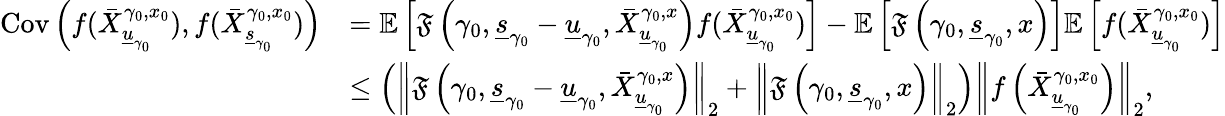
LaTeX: \begin{array}{rl}{\mathrm{Cov}\left(f(\bar{X}_{\underline{{u}}_{\gamma_{0}}}^{\gamma_{0},x_{0}}),f(\bar{X}_{\underline{{s}}_{\gamma_{0}}}^{\gamma_{0},x_{0}})\right)}&{=\mathbb{E}\left[\mathfrak{F}\left(\gamma_{0},\underline{{s}}_{\gamma_{0}}-\underline{{u}}_{\gamma_{0}},\bar{X}_{\underline{{u}}_{\gamma_{0}}}^{\gamma_{0},x}\right)f(\bar{X}_{\underline{{u}}_{\gamma_{0}}}^{\gamma_{0},x_{0}})\right]-\mathbb{E}\left[\mathfrak{F}\left(\gamma_{0},\underline{{s}}_{\gamma_{0}},x\right)\right]\mathbb{E}\left[f(\bar{X}_{\underline{{u}}_{\gamma_{0}}}^{\gamma_{0},x_{0}})\right]}\\ &{\le\left(\left\| \mathfrak{F}\left(\gamma_{0},\underline{{s}}_{\gamma_{0}}-\underline{{u}}_{\gamma_{0}},\bar{X}_{\underline{{u}}_{\gamma_{0}}}^{\gamma_{0},x}\right)\right\| _{2}+\left\| \mathfrak{F}\left(\gamma_{0},\underline{{s}}_{\gamma_{0}},x\right)\right\| _{2}\right)\left\| f\left(\bar{X}_{\underline{{u}}_{\gamma_{0}}}^{\gamma_{0},x_{0}}\right)\right\| _{2},}\end{array}